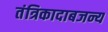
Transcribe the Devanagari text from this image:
तंत्रिकादाबजन्य